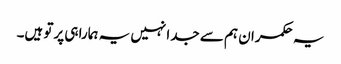
یہ حکمران ہم سے جدا نہیں یہ ہمارا ہی پرتو ہیں۔